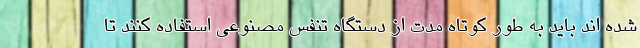
شده اند باید به طور کوتاه مدت از دستگاه تنفس مصنوعی استفاده کنند تا